Standards of the constituents of the urine and blood and the bearing of the metabolism of Bengalis on the problems of nutrition - Number 34
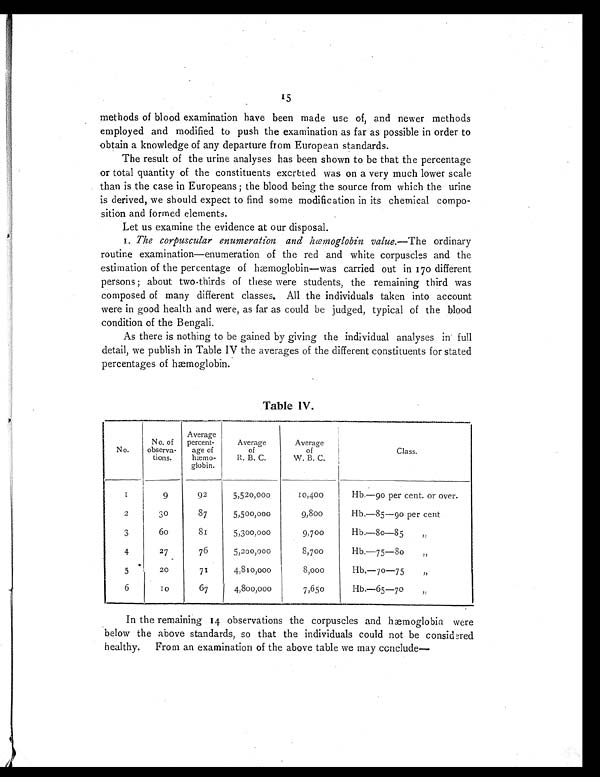
15
methods of blood examination have been made use of, and newer methods
employed and modified to push the examination as far as possible in order to
obtain a knowledge of any departure from European standards.
The result of the urine analyses has been shown to be that the percentage
or total quantity of the constituents excreted was on a very much lower scale
than is the case in Europeans ; the blood being the source from which the urine
is derived, we should expect to find some modification in its chemical compo-
sition and formed elements.
Let us examine the evidence at our disposal.
1. The corpuscular enumeration and hæmoglobin value. —The ordinary
routine examination—enumeration of the red and white corpuscles and the
estimation of the percentage of hæmoglobin—was carried out in 170 different
persons ; about two-thirds of these were students, the remaining third was
composed of many different classes. All the individuals taken into account
were in good health and were, as far as could be judged, typical of the blood
condition of the Bengali.
As there is nothing to be gained by giving the individual analyses in full
detail, we publish in Table IV the averages of the different constituents for stated
percentages of hæmoglobin.
Table IV.
No.
No. of
observa-
tions.
Average
percent-
age of
hæ mo-
globin.
Average
of
R. B. C.
Average
of
W. B. C.
Class.
1
9
92
5,520,000
10,400
Hb.—90 per cent. or over.
2
30
87
5,500,000
9,800
Hb.—85—90 per cent
3
60
81
5,300,000
9,700
Hb.—80—8 5 „
4
27
76
5,200,000
8,700
Hb.—75—80 „
5
20
71
4,810,000
8,000
Hb.—70—75 „
6
1 0
67
4,800,000
7,650
Hb.—65—70 „
In the remaining 14 observations the corpuscles and hæmoglobin were
below the above standards, so that the individuals could not be considered
healthy. From an examination of the above table we may conclude—